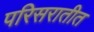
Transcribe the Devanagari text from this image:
परिसरातीत